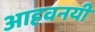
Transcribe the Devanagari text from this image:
आहवनयी